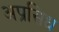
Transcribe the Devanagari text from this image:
अप्रसिध